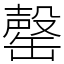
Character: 罄